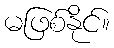
မဖြစ်နိုင်။